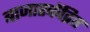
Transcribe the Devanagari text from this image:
बाजारकेंद्रित